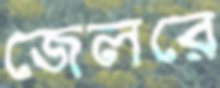
জেলরে